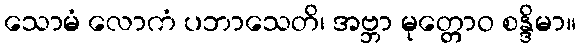
သောမံ လောကံ ပဘာသေတိ၊ အဗ္ဘာ မုတ္တောဝ စန္ဒိမာ။